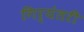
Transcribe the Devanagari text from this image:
गिर्यंतरी